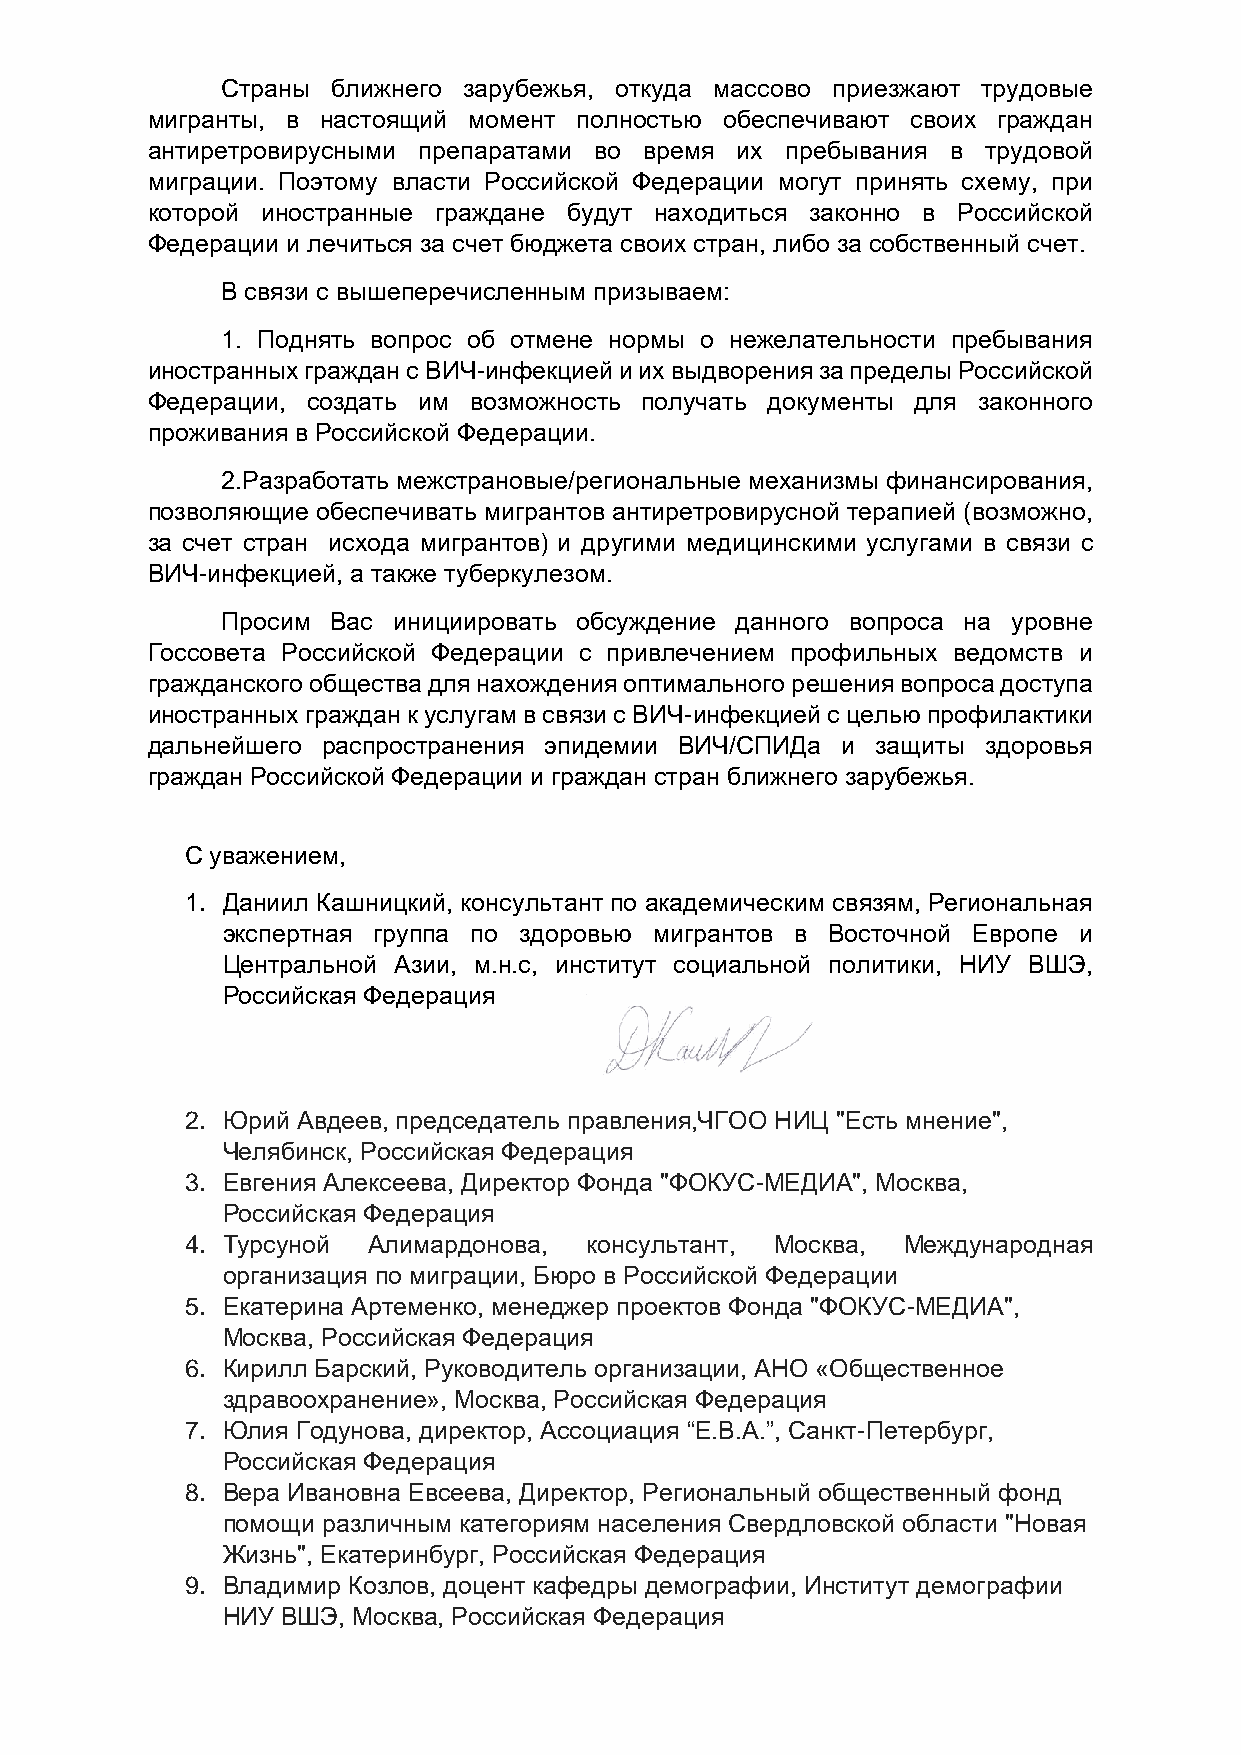
Страны ближнего зарубежья, откуда массово приезжают трудовые
 мигранты, в настоящий момент полностью обеспечивают своих граждан
 антиретровирусными препаратами во время их пребывания в трудовой
 миграции. Поэтому власти Российской Федерации могут принять схему, при
 которой иностранные граждане будут находиться законно в Российской
 Федерации и лечиться за счет бюджета своих стран, либо за собственный счет.
 В связи с вышеперечисленным призываем:
 1. Поднять вопрос об отмене нормы о нежелательности пребывания
 иностранных граждан с ВИЧ-инфекцией и их выдворения за пределы Российской
 Федерации, создать им возможность получать документы для законного
 проживания в Российской Федерации.
 2.Разработать межстрановые/региональные механизмы финансирования,
 позволяющие обеспечивать мигрантов антиретровирусной терапией (возможно,
 за счет стран исхода мигрантов) и другими медицинскими услугами в связи с
 ВИЧ-инфекцией, а также туберкулезом.
 Просим Вас инициировать обсуждение данного вопроса на уровне
 Госсовета Российской Федерации с привлечением профильных ведомств и
 гражданского общества для нахождения оптимального решения вопроса доступа
 иностранных граждан к услугам в связи с ВИЧ-инфекцией с целью профилактики
 дальнейшего распространения эпидемии ВИЧ/СПИДа и защиты здоровья
 граждан Российской Федерации и граждан стран ближнего зарубежья.
 С уважением,
 1. Даниил Кашницкий, консультант по академическим связям, Региональная
 экспертная группа по здоровью мигрантов в Восточной Европе и
 Центральной Азии, м.н.с, институт социальной политики, НИУ ВШЭ,
 Российская Федерация
 2. Юрий Авдеев, председатель правления,ЧГОО НИЦ "Есть мнение",
 Челябинск, Российская Федерация
 3. Евгения Алексеева, Директор Фонда "ФОКУС-МЕДИА", Москва,
 Российская Федерация
 4. Турсуной Алимардонова,  консультант, Москва, Международная
 организация по миграции, Бюро в Российской Федерации
 5. Екатерина Артеменко, менеджер проектов Фонда "ФОКУС-МЕДИА",
 Москва, Российская Федерация
 6. Кирилл Барский, Руководитель организации, АНО «Общественное
 здравоохранение», Москва, Российская Федерация
 7. Юлия Годунова, директор, Ассоциация “Е.В.А.”, Санкт-Петербург,
 Российская Федерация
 8. Вера Ивановна Евсеева, Директор, Региональный общественный фонд
 помощи различным категориям населения Свердловской области "Новая
 Жизнь", Екатеринбург, Российская Федерация
 9. Владимир Козлов, доцент кафедры демографии, Институт демографии
 НИУ ВШЭ, Москва, Российская Федерация